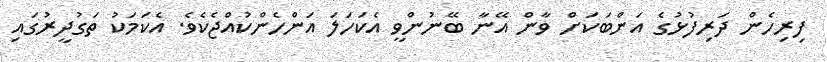
ފިރިހެން ދަރިފުޅުގެ އަންބަކަށް ވާން އޭނާ ބޭނުންވީ އެކަހަލަ އަންހެންކުއްޖެކެވެ. އެކަމަކު ތަގުދީރުގައި